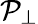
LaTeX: \mathcal{P}_{\perp}